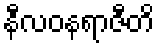
နီလဝနရာဇီတိ